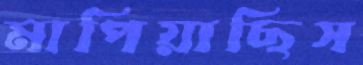
মাপিয়াছিস